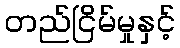
တည်ငြိမ်မှုနှင့်